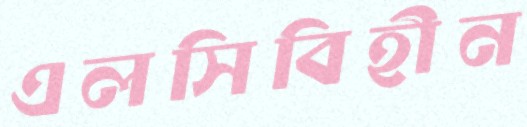
এলসিবিহীন